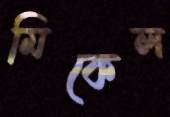
মিকেল